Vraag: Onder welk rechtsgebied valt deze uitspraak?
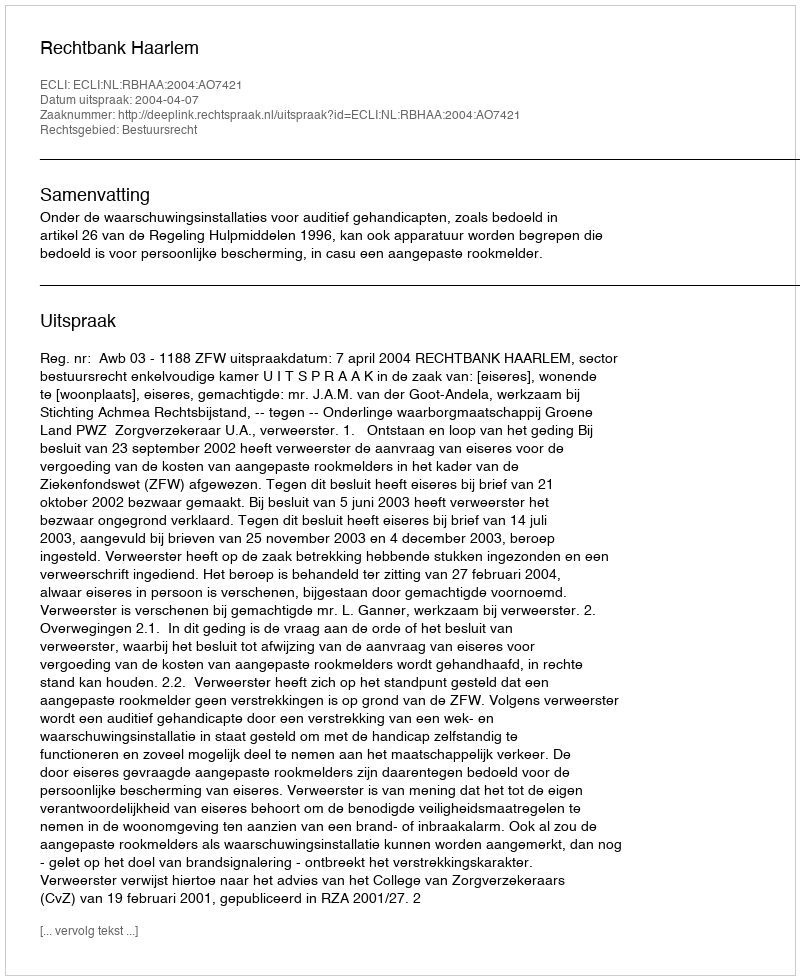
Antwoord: Bestuursrecht